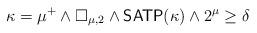
LaTeX: \begin{align*}\kappa = \mu^+ \land \square_{\mu, 2} \land \mathsf{SATP}(\kappa) \land 2^{\mu} \geq \delta\end{align*}